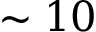
\sim 1 0